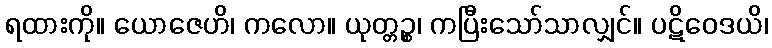
ရထားကို။ ယောဇေဟိ၊ ကလော။ ယုတ္တဉ္စ၊ ကပြီးသော်သာလျှင်။ ပဋိဝေဒယိ၊